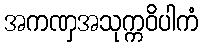
အကဏှအသုက္ကဝိပါကံ